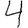
Digit: 4